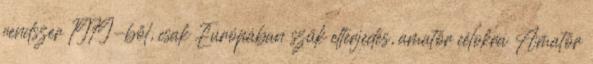
rendszer 1979-ből, csak Európában szűk elterjedés, amatőr célokra Amatőr